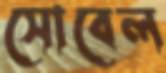
সোবেল